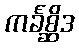
ကင်္ခစ္ဆိဒ